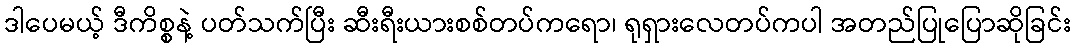
ဒါပေမယ့် ဒီကိစ္စနဲ့ ပတ်သက်ပြီး ဆီးရီးယားစစ်တပ်ကရော၊ ရုရှားလေတပ်ကပါ အတည်ပြုပြောဆိုခြင်း